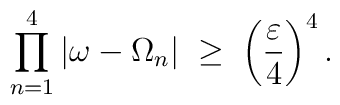
\prod_{n=1}^4 |\omega-\Omega_n| \;\geq\; \left( \frac{\varepsilon}{4} \right)^4.